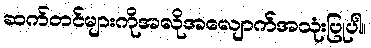
ဆက်တင်များကိုအလိုအလျောက်အသုံးပြုပါ။